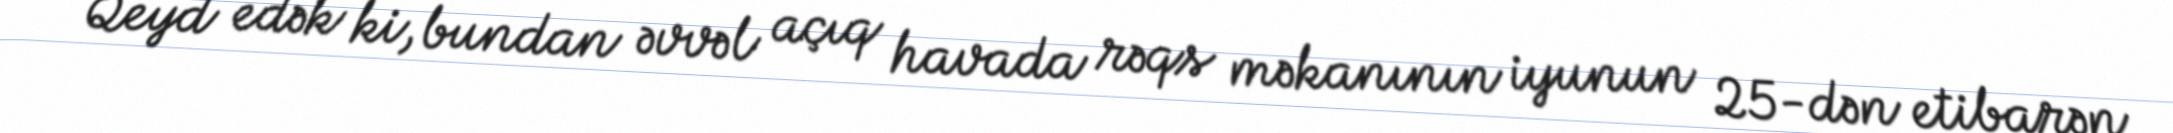
Qeyd edək ki, bundan əvvəl açıq havada rəqs məkanının iyunun 25-dən etibarən